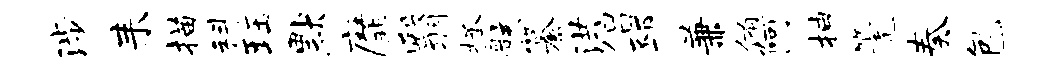
涉耒描科珏默縻翳拯骸纂洪侣邳兼侑阿抽篪奏包